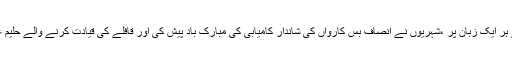
عمران خان کی کامیابی کے لیے بنائینگے سندھی نغموں کی لے ہر ایک زبان پر ،شہریوں نے انصاف بس کارواں کی شاندار کامیابی کی مبارک باد پیش کی اور قافلے کی قیادت کرنے والے حلیم عادل شیخ اور پی ٹی آئی کی طویل بس کے ہمراہ سیلفیاں بنوائی ۔